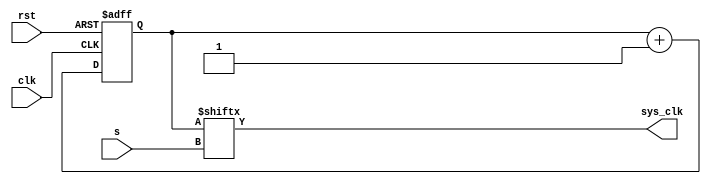
`timescale 1ns / 1ps
//////////////////////////////////////////////////////////////////////////////////
// Company: 
// Engineer: 
// 
// Design Name: 
// Module Name: clk_divider
// Project Name: Lab8
// Target Devices: 
// Tool Versions: 
// Description: 
// 
// Dependencies: Artix-7 100T csg324
// 
// Revision:
// Revision 0.01 - File Created
// Additional Comments:
// 
//////////////////////////////////////////////////////////////////////////////////


module clk_divider(
        input clk,
        input rst,
        
        input [4:0] s,
        output sys_clk //output
        );
        
        reg [31:0] tmp;
        //assign s[4] = 1;
        always@(posedge clk or posedge rst)
            begin                   
            if(rst)             
                tmp <=0;        
            else                
                tmp <= tmp+1;   
        end                     
                                
        assign sys_clk = tmp[s];
        
endmodule